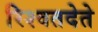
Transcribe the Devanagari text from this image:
रिश्वतदेते